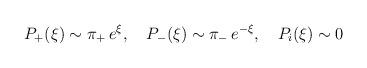
LaTeX: \begin{align*}P_+(\xi) \sim\pi_+ \, e^\xi, \quad P_-(\xi) \sim \pi_-\, e^{-\xi},\quad P_i(\xi) \sim 0\end{align*}